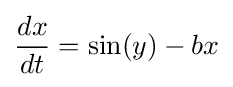
{\frac {dx}{dt}}=\sin(y)-bx